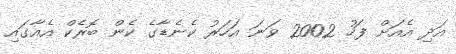
އަދި އެއަށް ފަހު 2002 ވަނަ އަހަރު ކެނެޑާގެ ކެން ބޮރެކް އެއާގައި